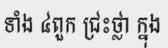
ទាំង ៤ពួក ជ្រះថ្លា ក្នុង